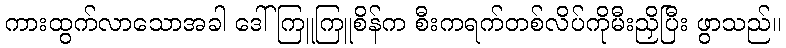
ကားထွက်လာသောအခါ ဒေါ်ကြူကြူစိန်က စီးကရက်တစ်လိပ်ကိုမီးညှိပြီး ဖွာသည်။